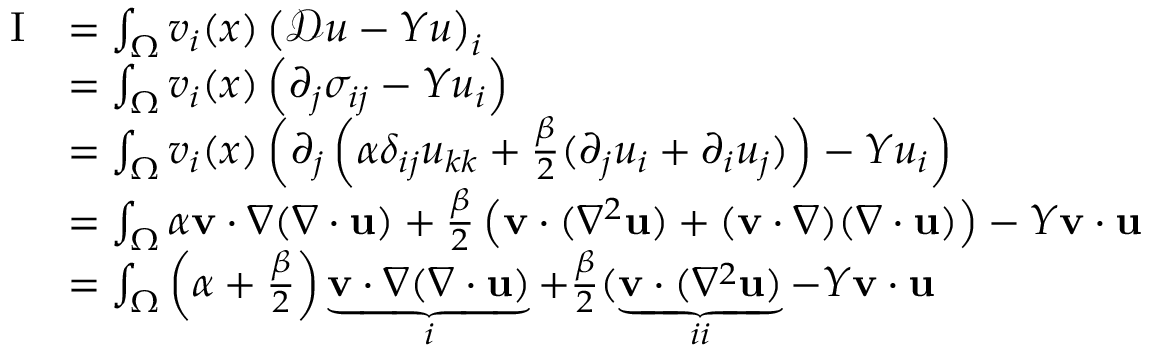
\begin{array} { r l } { \mathrm { I } } & { = \int _ { \Omega } v _ { i } ( x ) \left( \mathcal { D } u - Y u \right) _ { i } } \\ & { = \int _ { \Omega } v _ { i } ( x ) \left( \partial _ { j } \sigma _ { i j } - Y u _ { i } \right) } \\ & { = \int _ { \Omega } v _ { i } ( x ) \left( \partial _ { j } \left( \alpha \delta _ { i j } u _ { k k } + \frac { \beta } { 2 } ( \partial _ { j } u _ { i } + \partial _ { i } u _ { j } ) \right) - Y u _ { i } \right) } \\ & { = \int _ { \Omega } \alpha \mathbf { v } \cdot \nabla ( \nabla \cdot \mathbf { u } ) + \frac { \beta } { 2 } \left( \mathbf { v } \cdot ( \nabla ^ { 2 } \mathbf { u } ) + ( \mathbf { v } \cdot \nabla ) ( \nabla \cdot \mathbf { u } ) \right) - Y \mathbf { v } \cdot \mathbf { u } } \\ & { = \int _ { \Omega } \left( \alpha + \frac { \beta } { 2 } \right) \underbrace { \mathbf { v } \cdot \nabla ( \nabla \cdot \mathbf { u } ) } _ { i } + \frac { \beta } { 2 } ( \underbrace { \mathbf { v } \cdot ( \nabla ^ { 2 } \mathbf { u } ) } _ { i i } - Y \mathbf { v } \cdot \mathbf { u } } \end{array}